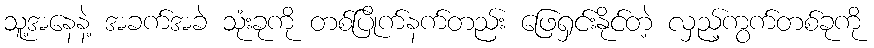
သူ့အနေနဲ့ အခက်အခဲ သုံးခုကို တစ်ပြိုက်နက်တည်း ဖြေရှင်းနိုင်တဲ့ လှည့်ကွက်တစ်ခုကို